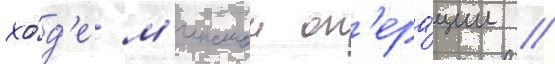
хо́д'е м'инскои оп'ера́ции //